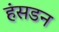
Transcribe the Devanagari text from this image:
हंसडन